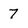
Character: 7